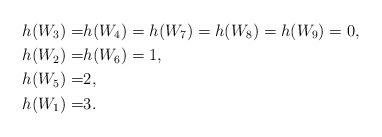
LaTeX: \begin{align*}h(W_3)=&h(W_4)=h(W_7)=h(W_8)=h(W_9)=0,\\h(W_2)=&h(W_6)=1,\\h(W_5)=&2,\\h(W_1)=&3.\end{align*}